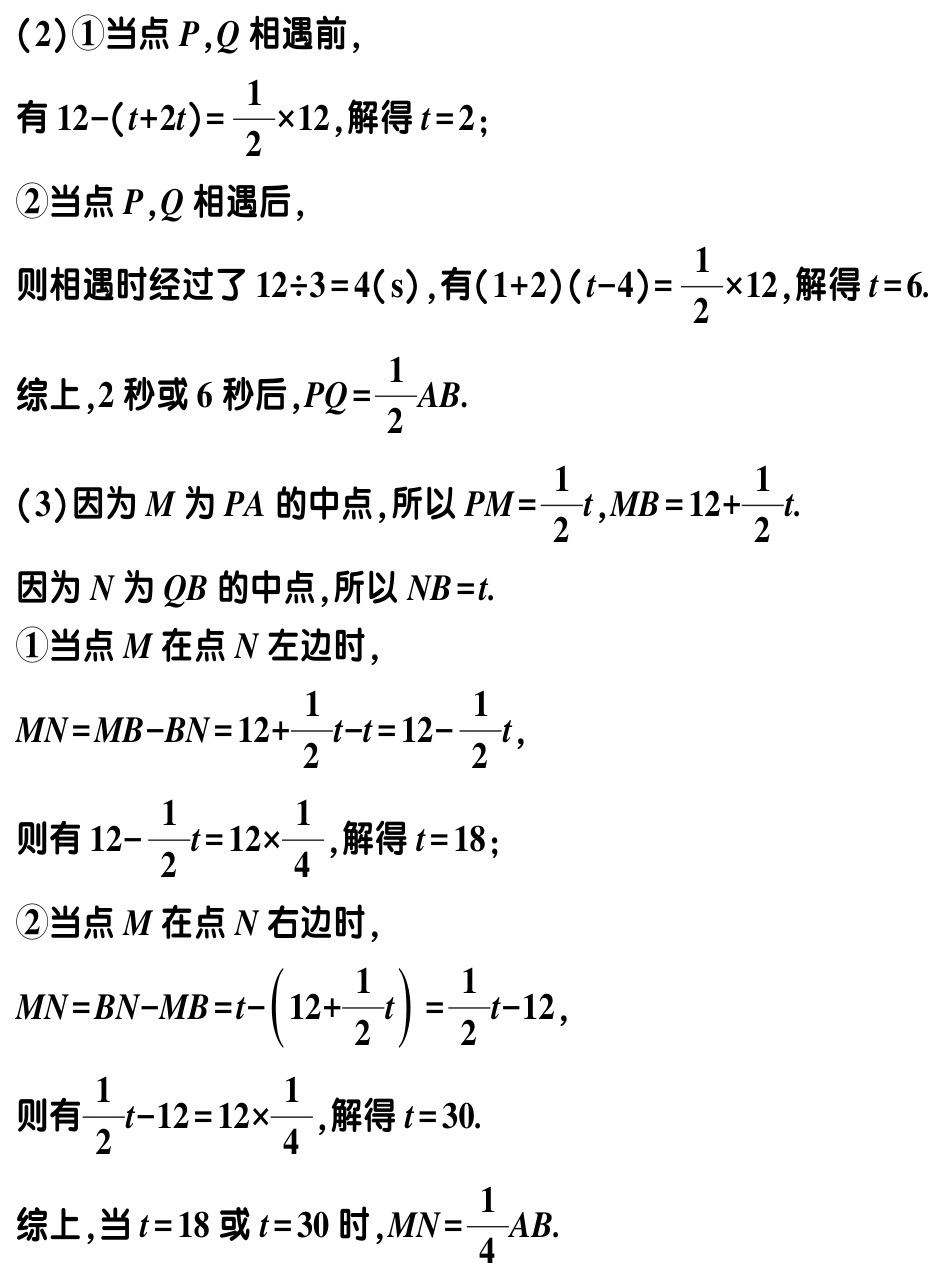
（2）\textcircled{1}当点\(P,Q\)相遇前，

有\(12-(t + 2t)=\frac{1}{2}\times12\)，解得\(t = 2\)；

\textcircled{2}当点\(P,Q\)相遇后，

则相遇时经过了\(12\div3 = 4(\text{s})\)，有\((1 + 2)(t - 4)=\frac{1}{2}\times12\)，解得\(t = 6\).

综上，\(2\)秒或\(6\)秒后，\(PQ=\frac{1}{2}AB\).

（3）因为\(M\)为\(PA\)的中点，所以\(PM=\frac{1}{2}t\)，\(MB = 12+\frac{1}{2}t\).

因为\(N\)为\(QB\)的中点，所以\(NB = t\).

\textcircled{1}当点\(M\)在点\(N\)左边时，

\(MN=MB - BN=12+\frac{1}{2}t - t=12-\frac{1}{2}t\)，

则有\(12-\frac{1}{2}t=12\times\frac{1}{4}\)，解得\(t = 18\)；

\textcircled{2}当点\(M\)在点\(N\)右边时，

\(MN=BN - MB=t-(12+\frac{1}{2}t)=\frac{1}{2}t - 12\)，

则有\(\frac{1}{2}t - 12=12\times\frac{1}{4}\)，解得\(t = 30\).

综上，当\(t = 18\)或\(t = 30\)时，\(MN=\frac{1}{4}AB\).